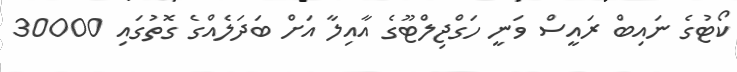
ކޯޓުގެ ނައިބް ރައީސް ވަނީ ހަގްޖިލްޓޫގެ އާއިލާ އަށް ބަދަލެއްގެ ގޮތުގައި 30000